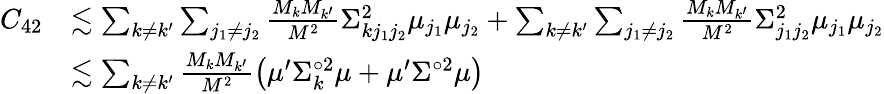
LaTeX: \begin{array}{rl}{C_{42}}&{\lesssim\sum_{k\neq k^{\prime}}\sum_{j_{1}\neq j_{2}}\frac{M_{k}M_{k^{\prime}}}{M^{2}}\Sigma_{kj_{1}j_{2}}^{2}\mu_{j_{1}}\mu_{j_{2}}+\sum_{k\neq k^{\prime}}\sum_{j_{1}\neq j_{2}}\frac{M_{k}M_{k^{\prime}}}{M^{2}}\Sigma_{j_{1}j_{2}}^{2}\mu_{j_{1}}\mu_{j_{2}}}\\ &{\lesssim\sum_{k\neq k^{\prime}}\frac{M_{k}M_{k^{\prime}}}{M^{2}}\big(\mu^{\prime}\Sigma_{k}^{\circ 2}\mu+\mu^{\prime}\Sigma^{\circ 2}\mu\big)}\end{array}